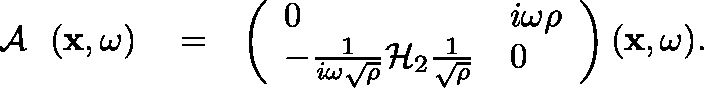
\begin{array} { r l r } { { { \mathrm { ~ \boldmath ~ { ~ \cal ~ A ~ } ~ } } } ( { \bf x } , \omega ) } & { { } = } & { \left( \begin{array} { l l } { 0 } & { i \omega \rho } \\ { - \frac { 1 } { i \omega \sqrt { \rho } } { \cal H } _ { 2 } \frac { 1 } { \sqrt { \rho } } } & { 0 } \end{array} \right) ( { \bf x } , \omega ) . } \end{array}